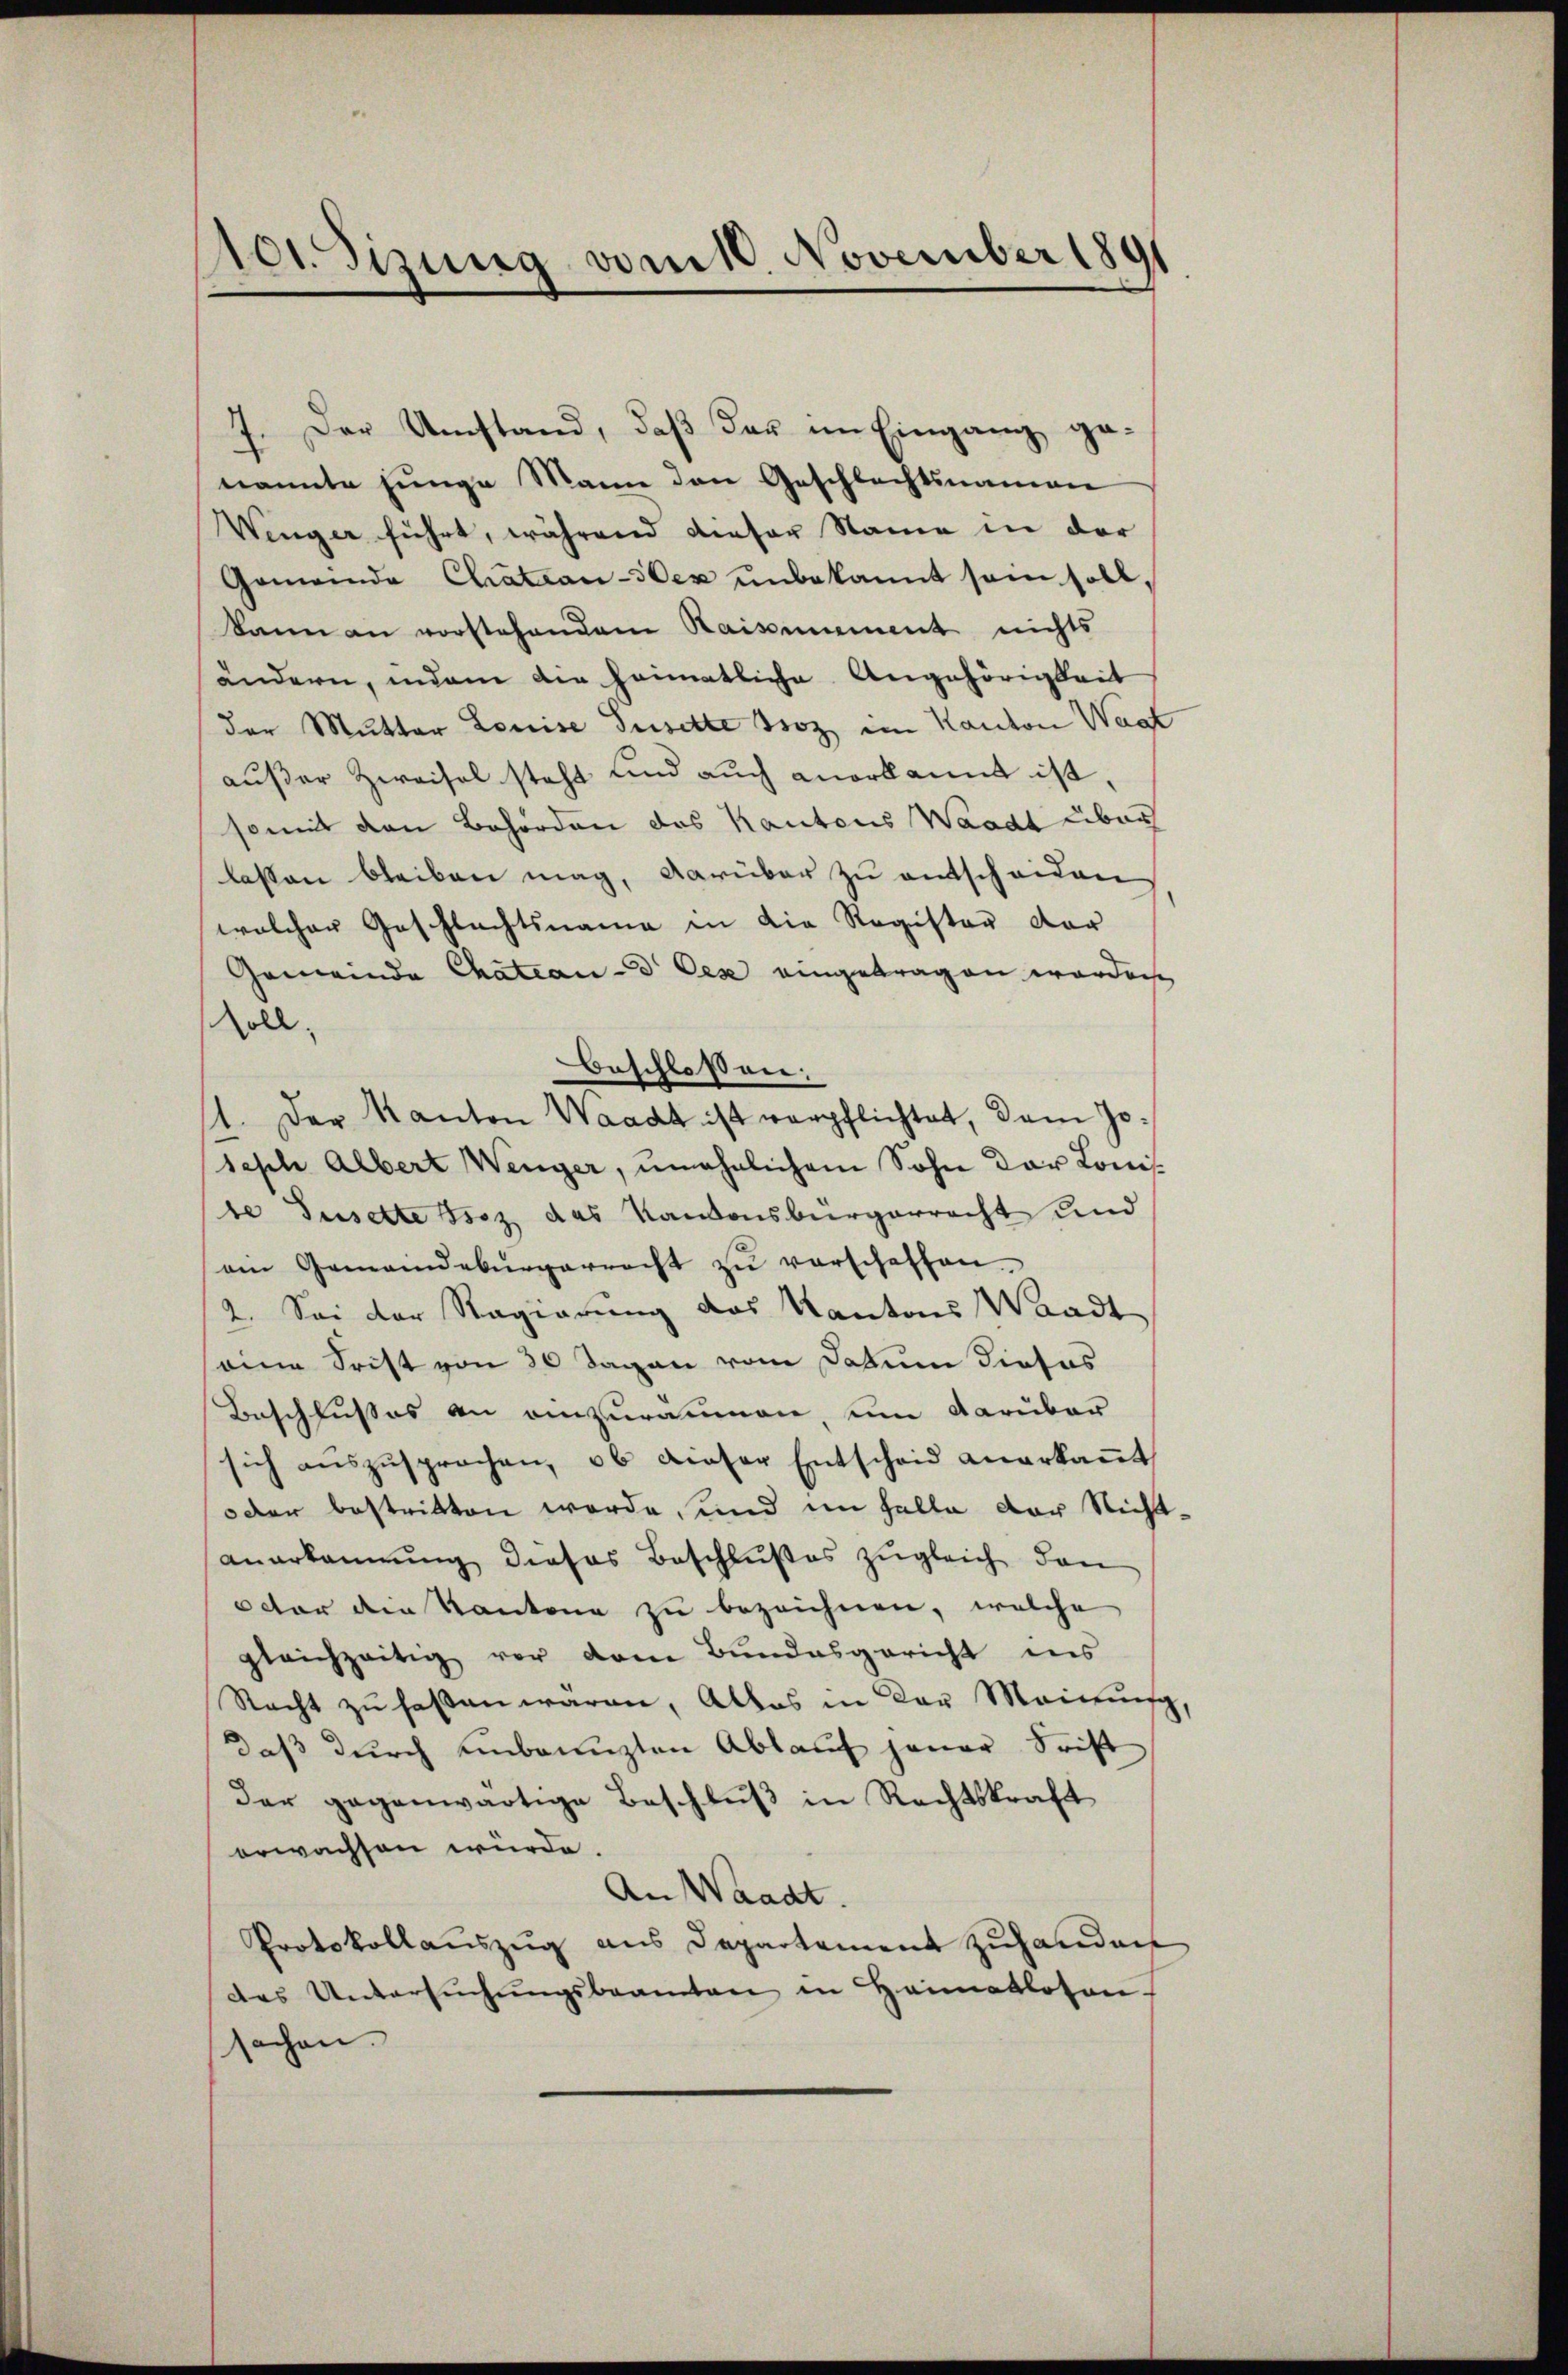
101 Sizung vom 1. November 1891

7. Der Umstand, daß dar im Eingang genannte junge Mann den Geschlechtsnamen
Wenger führt, während dieser Name in der
Gemeinde Chatsan-Sex unbekannt sein soll,
kann an vorstehendem Kaisenament nichts
ändern, indem die heimatliche Angehörigkeit
der Mutter Louise Tusette Boz im Kanton Wast
außer Zweifel steht und auch anerkannt ist,
somit den Behörden das Kantons Waadt über
lassen bleiben mag, darüber zu entscheiden
welcher Geschlechtsname in die Register dor
Gemeinde Chateaud Ces eingetragen worden,
soll.
beschloßen:
1. Der Kanton Waadt ist verpflichtet, dem Joseph Albert Wenger, unehelichem Sohn der Lonis
te Gusette Isoz das Kantonsbürgerrecht und
am Gemeindebürgerrecht zŭ verschaffen.
2. Sei der Regierung des Kantons Waadt
seine Frist von 30 Tagen vom Datum dieses
Beschlusses an einzuräumen um darüber
sich aŭszŭsprochen, ob dieser Entscheid anerkaṅt
oder bestritten werde, und im Falle der Nichtanerkannŭng dieses Beschlŭβes zŭgleich dan
octor den Kantone zu bezeichnen, welche
gleichzeitig vor dem Bundesgericht ins
Nacht zu faßen waren, Alles in der Meinung,
daß durch einbaunzten Ablauf jener Frist
der gegenwärtige Beschluß in Rechtskraft
erwachsen würde.
An Waadt.
Protokollauszug aus Departement zuhanden
das Untersŭchŭngsbeamten in Heimatlosen
sachen.